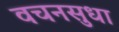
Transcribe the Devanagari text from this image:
वचनसुधा